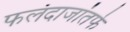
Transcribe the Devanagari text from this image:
फलंदाजांतर्फे